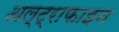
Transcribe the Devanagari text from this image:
अल्ट्राफाइन